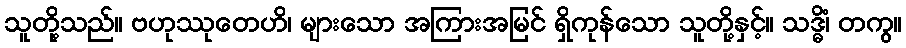
သူတို့သည်။ ဗဟုဿုတေဟိ၊ များသော အကြားအမြင် ရှိကုန်သော သူတို့နှင့်။ သဒ္ဓိံ၊ တကွ။